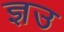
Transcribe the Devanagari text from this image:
ज्ञउ